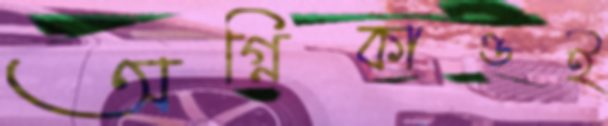
অগ্নিকাণ্ডই